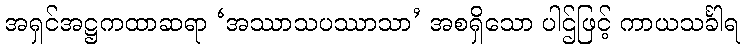
အရှင်အဋ္ဌကထာဆရာ ‘အဿာသပဿာသာ’ အစရှိသော ပါဌ်ဖြင့် ကာယသင်္ခါရ